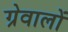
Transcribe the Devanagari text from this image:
ग्रेवालों